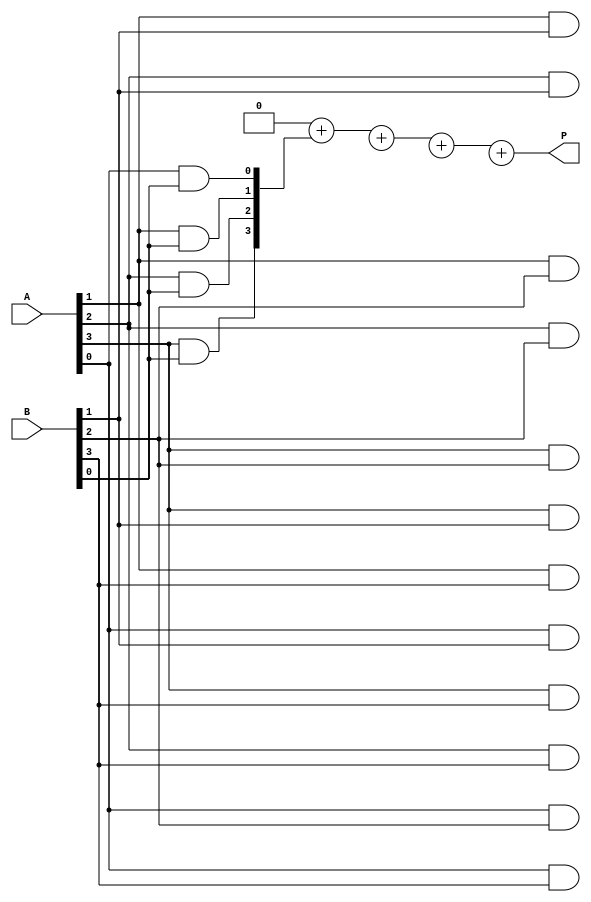
module vedic_multiplier #(parameter N = 4) (
    input  [N-1:0] A,
    input  [N-1:0] B,
    output reg [2*N-1:0] P
);
    reg [2*N-1:0] partial_products [0:N-1];
    integer i, j;

    // Generate partial products
    always @(*) begin
        for (i = 0; i < N; i = i + 1) begin
            for (j = 0; j < N; j = j + 1) begin
                partial_products[i][i+j] = A[j] & B[i]; // AND operation for partial products
            end
        end
    end

    // Sum the partial products
    always @(*) begin
        P = 0; // Initialize product to zero
        for (i = 0; i < N; i = i + 1) begin
            P = P + partial_products[i]; // Add partial products
        end
    end
endmodule